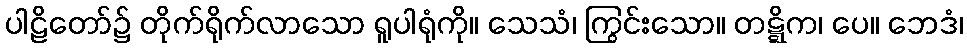
ပါဠိတော်၌ တိုက်ရိုက်လာသော ရူပါရုံကို။ သေသံ၊ ကြွင်းသော။ တဋ္ဋိက၊ ပေ။ ဘေဒံ၊